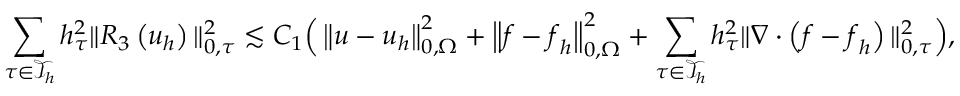
\sum _ { \tau \in \mathcal { T } _ { h } } h _ { \tau } ^ { 2 } \| R _ { 3 } \left( \boldsymbol { u } _ { h } \right) \| _ { 0 , \tau } ^ { 2 } \lesssim C _ { 1 } \Big ( \left\| \boldsymbol { u } - \boldsymbol { u } _ { h } \right\| _ { 0 , \Omega } ^ { 2 } + \left\| \boldsymbol { f } - \boldsymbol { f } _ { h } \right\| _ { 0 , \Omega } ^ { 2 } + \sum _ { \tau \in \mathcal { T } _ { h } } h _ { \tau } ^ { 2 } \| \nabla \cdot \left( \boldsymbol { f } - \boldsymbol { f } _ { h } \right) \| _ { 0 , \tau } ^ { 2 } \Big ) ,